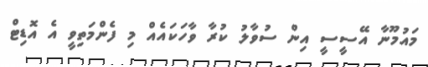
މައުމޫނާ އޭސީސީ އިން ސުވާލު ކުރާ ވާހަކައެއް މި ފެންމަތިވީ އެ އޮޑިޓް